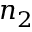
n _ { 2 }